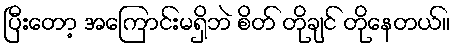
ပြီးတော့ အကြောင်းမရှိဘဲ စိတ် တိုချင် တိုနေတယ်။